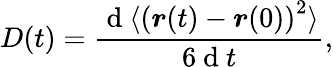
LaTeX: D(t)=\frac{\mathrm{~d~}\langle\left(\boldsymbol{r}(t)-\boldsymbol{r}(0)\right)^{2}\rangle}{6\mathrm{~d~}t},